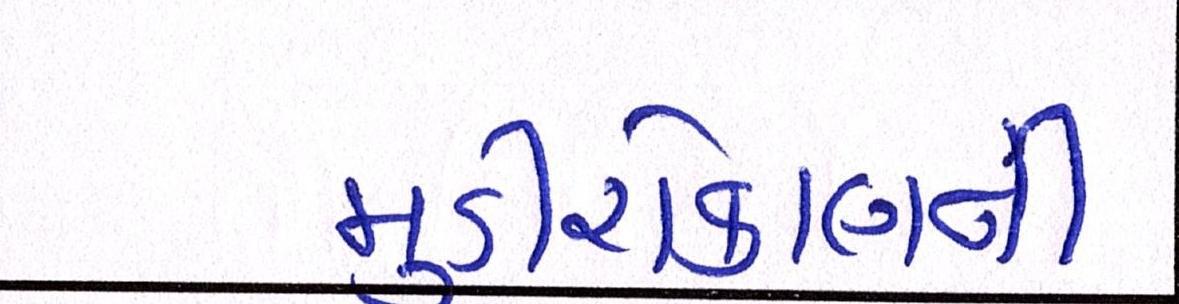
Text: મૂડીરોકાણની